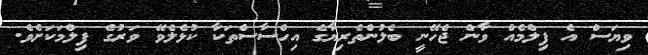
ވިޔަސް އެ ފިލްމެއް ވާން ޖެހޭނީ ބެލުންތެރިޔާގެ އިހްސާސްތަކާ ކުޅެލެވޭ ވަރުގެ ފިލްމަކަށެވެ.